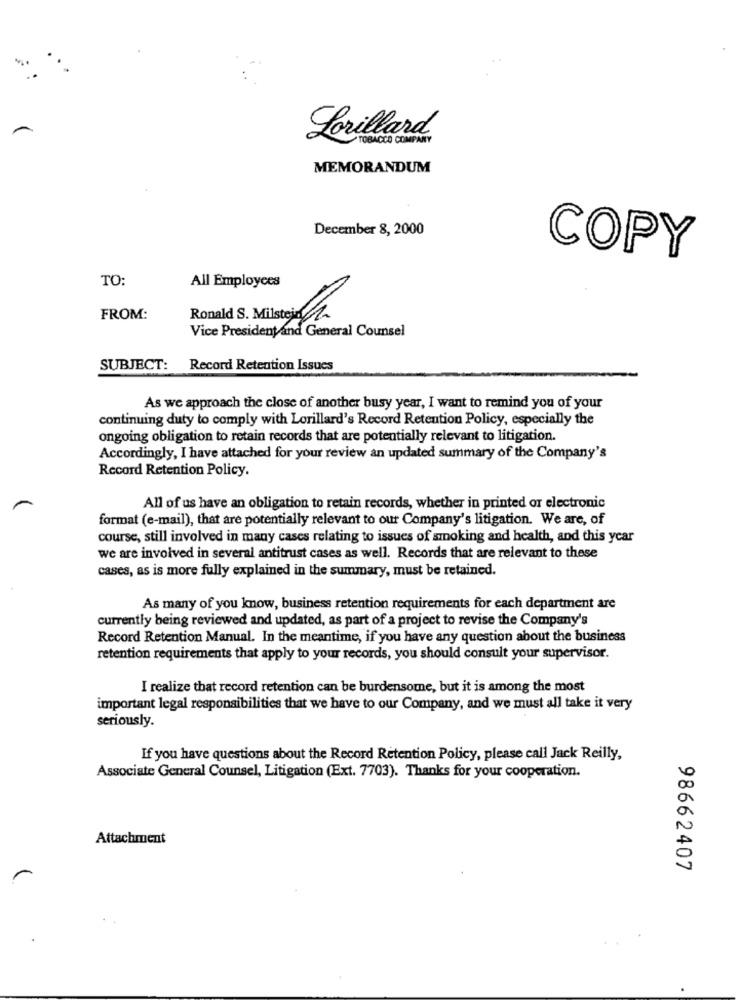
Lorillard
TOBACCO COMPANY
MEMORANDUM
December 8, 2000
COPY
TO:
All Employees
FROM:
Ronald S. Milstein
Vice President and General Counsel
SUBJECT: Record Retention Issues
As we approach the close of another busy year, I want to remind you of your
continuing duty to comply with Lorillard's Record Retention Policy, especially the
ongoing obligation to retain records that are potentially relevant to litigation.
Accordingly, I have attached for your review an updated summary of the Company's
Record Retention Policy.
All of us have an obligation to retain records, whether in printed or electronic
format (e-mail), that are potentially relevant to our Company's litigation. We are, of
course, still involved in many cases relating to issues of smoking and health, and this year
we are involved in several antitrust cases as well. Records that are relevant to these
cases, as is more fully explained in the summary, must be retained.
As many of you know, business retention requirements for each department are
currently being reviewed and updated, as part of a project to revise the Company's
Record Retention Manual. In the meantime, if you have any question about the business
retention requirements that apply to your records, you should consult your supervisor.
I realize that record retention can be burdensome, but it is among the most
important legal responsibilities that we have to our Company, and we must all take it very
seriously.
If you have questions about the Record Retention Policy, please call Jack Reilly,
Associate General Counsel, Litigation (Ext. 7703). Thanks for your cooperation.
Attachment
98662407